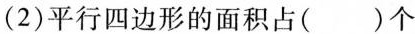
(2)平行四边形的面积占（）